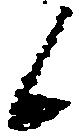
候